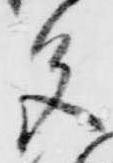
色